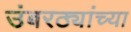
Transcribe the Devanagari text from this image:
उंबरठ्यांच्या